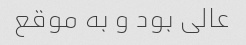
عالی بود و به موقع